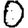
Digit: 0